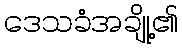
ဒေသခံအချို့၏